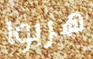
هربوا